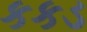
કકડ